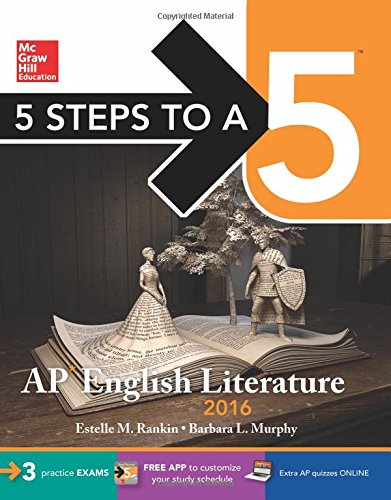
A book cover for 5 Steps to a 5 AP English Literature 2016 (5 Steps to a 5 on the Advanced Placement Examinations Series); Estelle M. Rankin; Test Preparation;